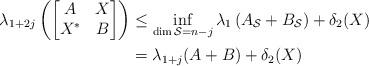
LaTeX: \begin{align*}\lambda_{1+2j}\left(\begin{bmatrix} A &X \\X^* &B\end{bmatrix}\right) &\le \inf_{\dim{\mathcal{S}}=n-j}\lambda_{1}\left( A_{\mathcal{S}} +B_{\mathcal{S}}\right) + \delta_2(X) \\&=\lambda_{1+j}(A+B) + \delta_2(X)\end{align*}